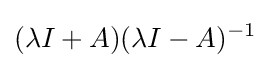
(\lambda I+A)(\lambda I-A)^{-1}